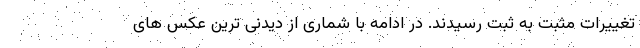
تغییرات مثبت به ثبت رسیدند. در ادامه با شماری از دیدنی ترین عکس های